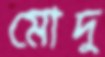
মোদু